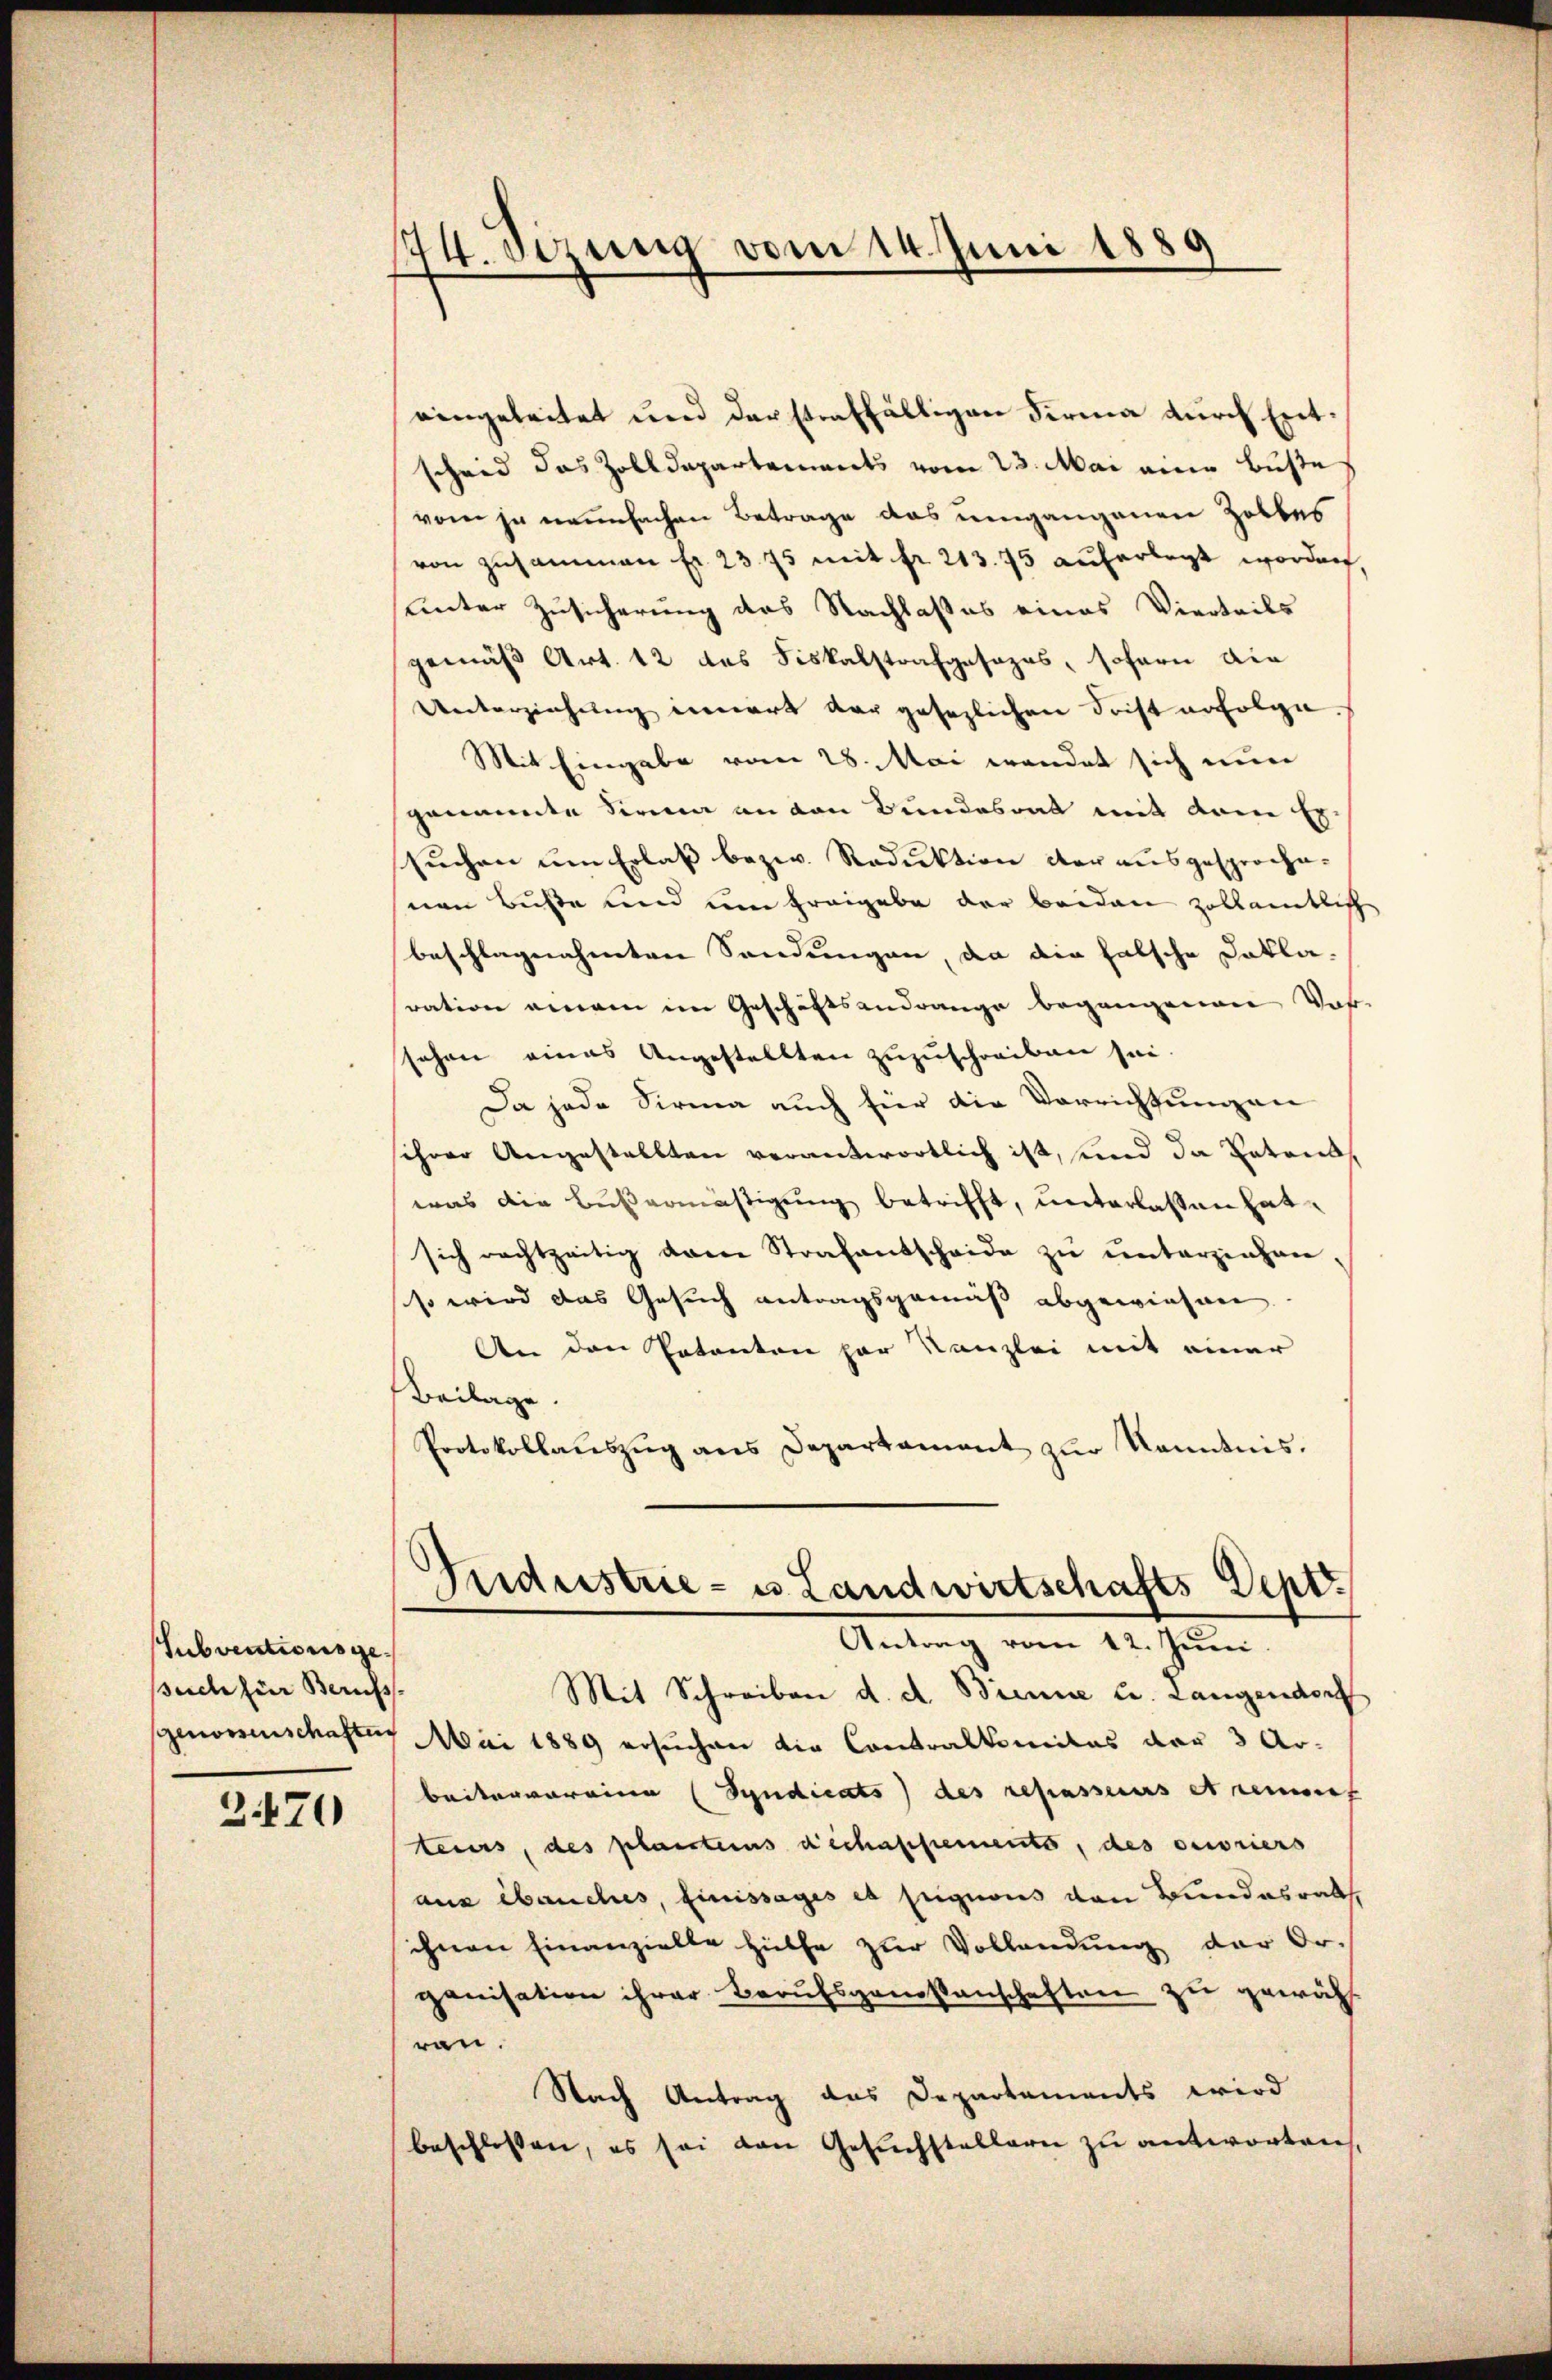
Subventionsgesuch für Berufs
Genossenschaften

2470

174. Sezung vom 14. Juni 1889

eingeleitet und der straffälligen Firma durch Entscheid das Zolldepartements vom 23. Mai eine Buste
vom je neunfachen Betrage das umgangenen Zolles
von zusammen fr. 23. 75 mit fr. 213. 75 auferlegt worden
unter Zusicherung des Nachlaßes eines Vierteils
gemäß Art. 12 das Fiskalstrafgesezes, sofern die
Unterziehung innert dar gesezlichen Frist erfolge
Mit Eingabe vom 28. Mai wendet sich nun
genannte Firma an von Bundesrat mit dem Ersuchen um Erlaß bezw. Reduktion der ausgesprochenen Buße und um Freigabe der beiden zollämtlich
beschlagnahmten Sendungen, da die falsche Dakla-
ration einem im Geschäftsandrange begangenen Vat
schon eines Angestellten zuzuschreiben sei
Da jede Sirma auch für die Verrichtungen
sihrer Angestellten verantwortlich ist, und da Patons
was die Bußermäßigung betrifft, unterlassen hat
sich rechtzeitig dann Strafantscheide zu unterziehenso wird das Gesuch antragsgemäß abgewiesen.
An den Tatenten par Kanzlei mit einer
Beilage
Protokollauszug aus Departament zur Kenntnis.
Gudustrie - es Landwirtschafts Deptr.
Antrag vom 12. Juni.
Mit Schreiben d. d. Brenne u. Langendorf
7 Mai 1889 ersuchen die Contralkomitas der 3 Ar-
beitervereine Syndicats des repasseurs et remet
teurs, des planters dechassements, des ouvriers
aus banches, Einissages es signons den Bundesrath,
ihnen Einanzielle Hülfe zur Vollandung der Or-
ganisation ihrer Berufsgenossenschaften zu gewähl
ran.
Nach Antrag das Departements wird
beschlossen, es sei von Gesuchstellern zu antworten,